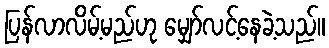
ပြန်လာလိမ့်မည်ဟု မျှော်လင့်နေခဲ့သည်။